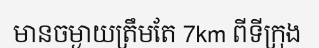
មានចម្ងាយត្រឹមតែ 7km ពីទីក្រុង